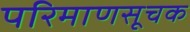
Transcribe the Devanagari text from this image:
परिमाणसूचक